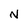
Character: N